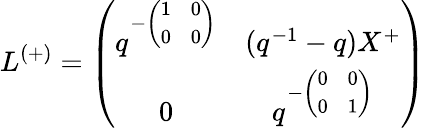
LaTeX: L^{(+)}=\left(\begin{array}{cc}{{q^{-\left(\begin{array}{cc}{{1}}&{{0}}\\ {{0}}&{{0}}\end{array}\right)}}}&{{(q^{-1}-q)X^{+}}}\\ {{0}}&{{q^{-\left(\begin{array}{cc}{{0}}&{{0}}\\ {{0}}&{{1}}\end{array}\right)}}}\end{array}\right)